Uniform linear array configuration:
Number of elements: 12
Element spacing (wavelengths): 0.75
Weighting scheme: uniform
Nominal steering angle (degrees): -15
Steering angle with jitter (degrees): -14.319
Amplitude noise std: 0.05
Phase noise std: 0.05

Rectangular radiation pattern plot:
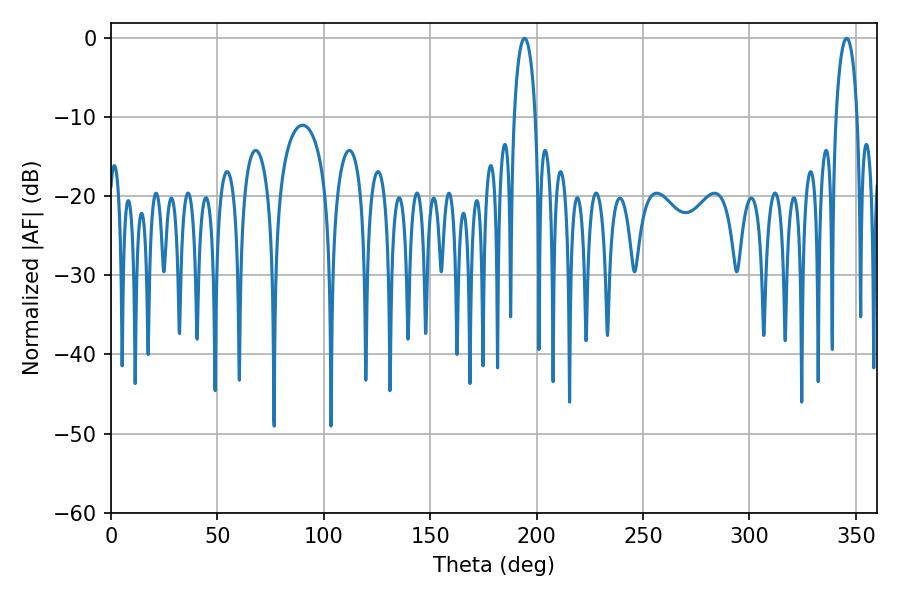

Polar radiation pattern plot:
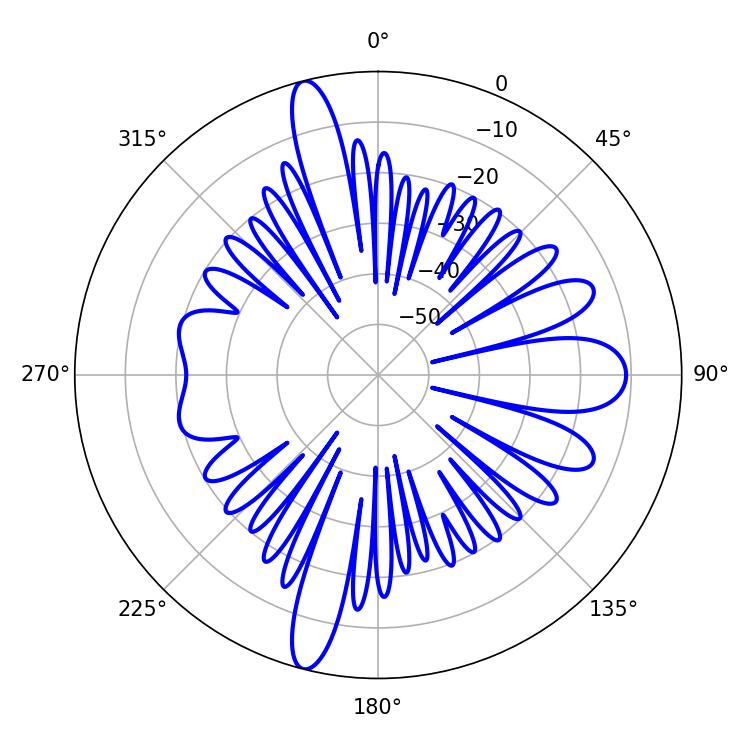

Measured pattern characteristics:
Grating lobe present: TRUE
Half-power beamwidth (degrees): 5.76
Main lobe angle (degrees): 194.4